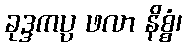
ခုဒ္ဒကပ္ပ ဖလာ နိစ္စံ၊